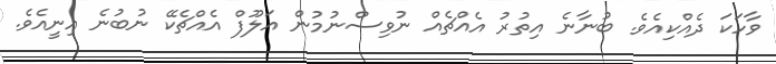
ވާހަކަ ދެއްކިއެވެ. ބުނާނެ އިތުރު އެއްޗެއް ނުވިސްނުމުން އަލޫފް އެއްޗެކޭ ނުބުނެ އިނީއެވެ.